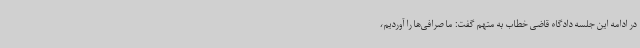
در ادامه این جلسه دادگاه قاضی خطاب به متهم گفت: ما صرافی‌ها را آوردیم،